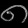
Digit: ၈